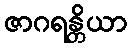
ဇာဂရန္တိယာ